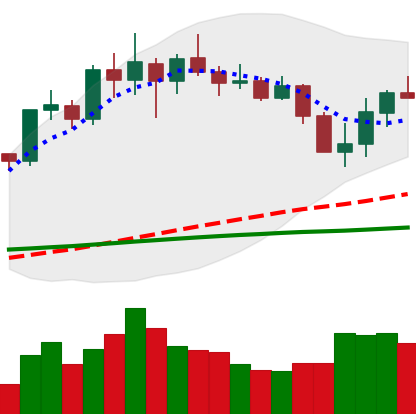
Ticker: LINK-USD
Chart end date: 2020-02-29
Forward return: 14.913%
Label: up_7plus